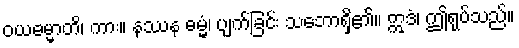
ဝယဓမ္မာတိ၊ ကား။ နဿန ဓမ္မံ၊ ပျက်ခြင်း သဘောရှိ၏။ ဣဒံ၊ ဤရုပ်သည်။